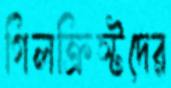
গিলক্রিস্টদের